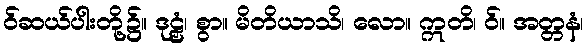
ဝ်ဆယ်ပါးတို့၌။ ဒုဠှံ၊ စွာ။ မိတိယာသိ၊ လော။ ဣတိ၊ ဝ်။ အတ္တနံ၊